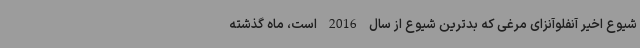
شیوع اخیر آنفلوآنزای مرغی که بدترین شیوع از سال 2016 است، ماه گذشته